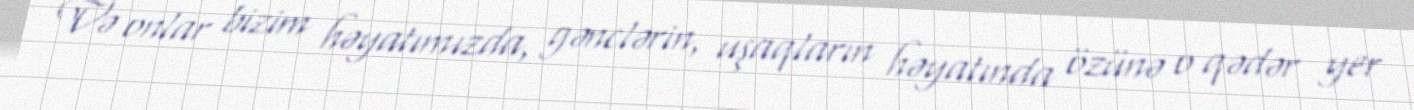
Və onlar bizim həyatımızda, gənclərin, uşaqların həyatında özünə o qədər yer